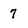
Character: 7